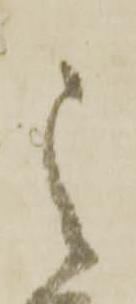
之